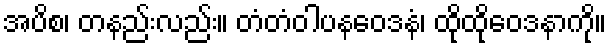
အပိစ၊ တနည်းလည်း။ တံတံဝါပနဝေဒနံ၊ ထိုထိုဝေဒနာကို။